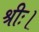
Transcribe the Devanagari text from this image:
श्रीः।